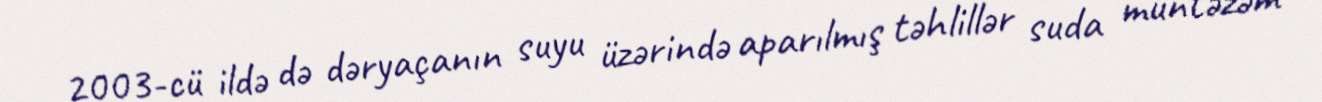
2003-cü ildə də dəryaçanın suyu üzərində aparılmış təhlillər suda müntəzəm